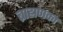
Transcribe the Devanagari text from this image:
ब्राह्मणका